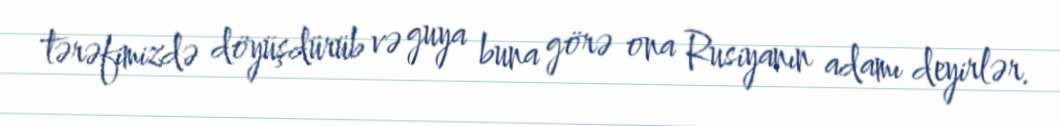
tərəfimizdə döyüşdürüb və guya buna görə ona Rusiyanın adamı deyirlər.